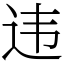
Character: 违